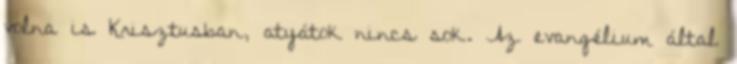
volna is Krisztusban, atyátok nincs sok. Az evangélium által